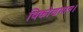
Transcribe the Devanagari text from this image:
विकोणमान।